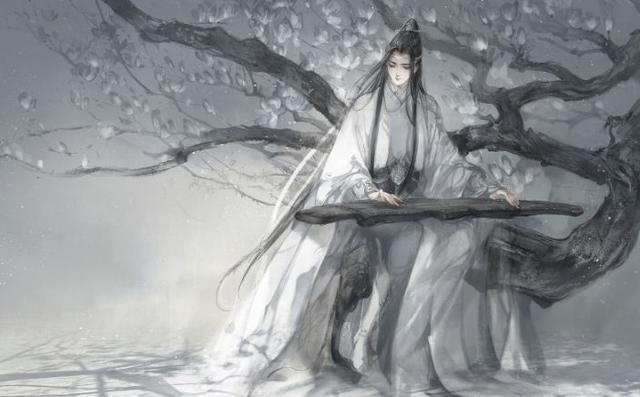
羡青山有思，白鹤忘机。